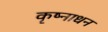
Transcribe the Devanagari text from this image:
कृष्नाधन